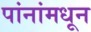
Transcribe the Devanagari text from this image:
पांनांमधून